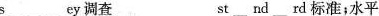
s\underline{}ey 调查 st\underline{}nd\underline{}ard琴键；键盘